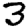
Digit: 3